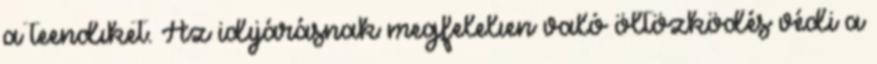
a teendıket. Az idıjárásnak megfelelıen való öltözködés védi a